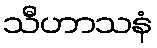
သီဟာသနံ